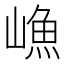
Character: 𱜊